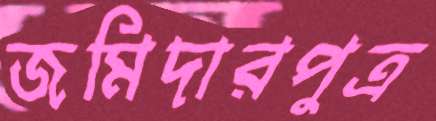
জমিদারপুত্র